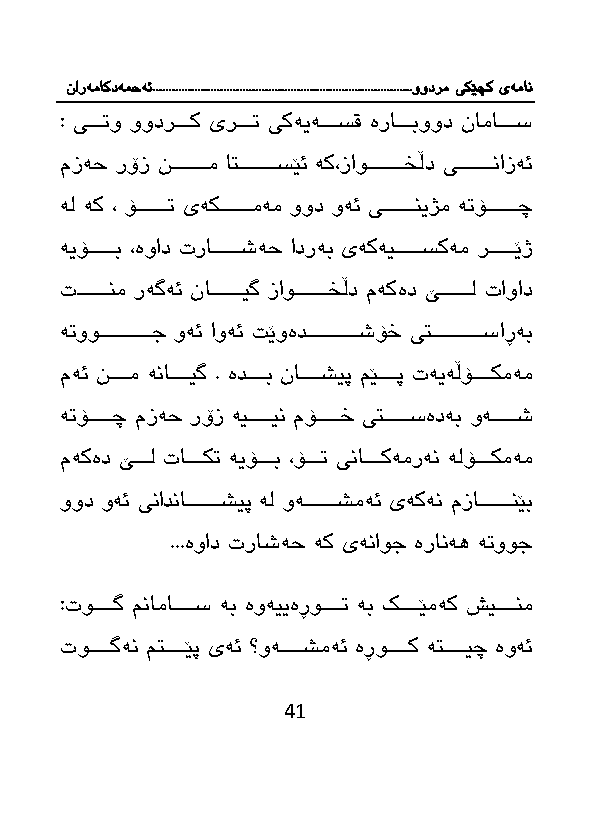
نارەماکدەمحە ئ.................................................................................وودرم یکێچک یەمان
 : یااااا و وودراااااك یرااااا یكەیەاااااسق ەراااااابوود نامااااااس
 مزەح رۆز ناااااااااام اتااااااااااسێئ ەك،زاوااااااااااخڵد یاااااااااانازەئ
 ەل ەك ، ۆااااااااا یەكااااااااامەم وود وەئ یااااااااانیژم ە ۆاااااااااچ
 ەیۆاااااااب ،ەواد ترااااااااشەح ادرەب یەكەیاااااااسكەم راااااااێژ
 ااااااااانم رەگەئ ناااااااااایگ زاواااااااااخڵد مەكەد ێااااااااال تاواد
 ە ووااااااااااااااج وەئ اوەئ ێوەدااااااااااااااشۆخ یتااااااااااااااساڕەب
 مەئ ناااااام ەناااااایگ . ەداااااب نااااااشیپ مێاااااپ تەیەڵۆاااااكمەم
 ە ۆاااااااچ مزەح رۆز ەیاااااااین مۆاااااااخ یتاااااااسەدەب وەاااااااش
 مەكەد ێااااال تااااااك ەیۆاااااب ،ۆااااا ینااااااکەمرەن ەلۆاااااكمەم
 وود وەئ ینادنااااااااااشیپ ەل وەاااااااااشمەئ یەكەن مزاااااااااانێب
 ...ەواد تراشەح ەك یەناوج ەرانەه ە ووج
 :توااااااگ مناماااااااس ەب ەوەییەڕواااااا ەب كااااااێمەك شیاااااانم
 توااااااگەن متااااااێپ یەئ ؟وەااااااشمەئ ەڕوااااااك ەتاااااایچ ەوەئ
 41